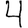
Digit: 4